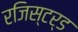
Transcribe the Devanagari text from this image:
रजिस्‍टर्ड